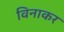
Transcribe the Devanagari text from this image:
विनाकर